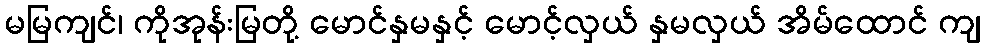
မမြကျင်၊ ကိုအုန်းမြတို့ မောင်နှမနှင့် မောင့်လှယ် နှမလှယ် အိမ်ထောင် ကျ